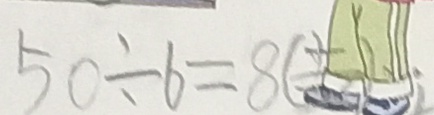
5 0 \div 6 = 8